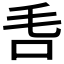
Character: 𣬧